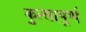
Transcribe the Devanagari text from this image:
कुत्सापूर्ण